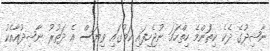
ނާޝިދުގެ ދެކެ ކިތަންމެ ހިތްހަމަ ނުޖެހިފައި ކަމުގައި ވިޔަސް އެ ދަތުރު ނާޝިދުއާއެކު